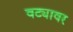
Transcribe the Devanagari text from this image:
वट्यावर